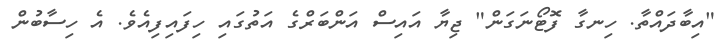
"އިބާދައްތާ. ހިނގާ ފޮޓޯނަގަން" ޖިޔާ އައިސް އަންބަރްގެ އަތުގައި ހިފައިފިއެވެ. އެ ހިސާބުން